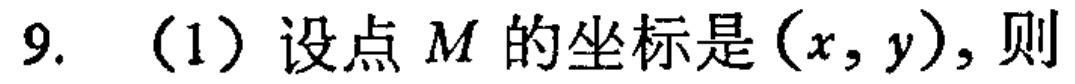
9. （1）设点\(M\)的坐标是\((x,y)\)，则